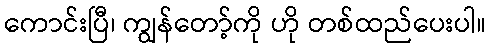
ကောင်းပြီ၊ ကျွန်တော့်ကို ဟို တစ်ထည်ပေးပါ။